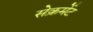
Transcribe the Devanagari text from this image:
सेक्रमेंट